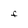
Character: F